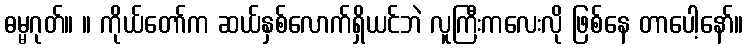
ဓမ္မဂုတ်။ ။ ကိုယ်တော်က ဆယ်နှစ်လောက်ရှိယင်ဘဲ လူကြီးကလေးလို ဖြစ်နေ တာပေါ့နော်။